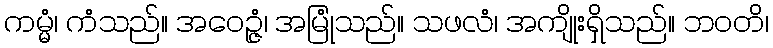
ကမ္မံ၊ ကံသည်။ အဝေဉ္ဇံ၊ အမြုံသည်။ သဖလံ၊ အကျိုးရှိသည်။ ဘဝတိ၊